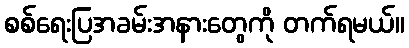
စစ်ရေးပြအခမ်းအနားတွေကို တက်ရမယ်။